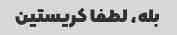
بله، لطفا کریستین